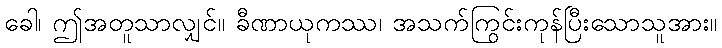
ခေါ၊ ဤအတူသာလျှင်။ ခီဏာယုကဿ၊ အသက်ကြွင်းကုန်ပြီးသောသူအား။